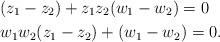
LaTeX: \begin{align*}&(z_1 -z_2)+ z_1 z_2 (w_1 -w_2)=0\\&w_1 w_2(z_1 -z_2)+ (w_1 -w_2)=0.\end{align*}